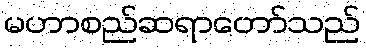
မဟာစည်ဆရာတော်သည်